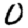
Digit: 0